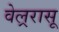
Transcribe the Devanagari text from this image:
वेल्ररासू